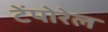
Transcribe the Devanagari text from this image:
टेंपोरेल